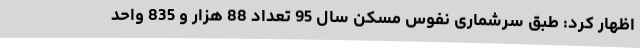
اظهار کرد: طبق سرشماری نفوس مسکن سال 95 تعداد 88 هزار و 835 واحد